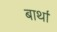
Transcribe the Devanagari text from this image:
बार्था